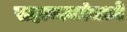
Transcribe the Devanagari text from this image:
सहाय्यकांमध्ये